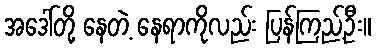
အဒေါ်တို့ နေတဲ့ နေရာကိုလည်း ပြန်ကြည့်ဦး။